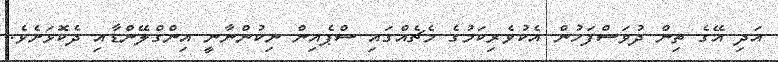
އަދި އޭގެ ތިން ދުވަސްފަހުން އެކުވެރިކަމުގެ މެޗެއްގައި ސްޕެއިން ނިކުންނާނީ އިންގްލޭންޑާއި ދެކޮޅަށެވެ.